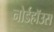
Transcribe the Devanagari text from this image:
नोर्डहॉउस